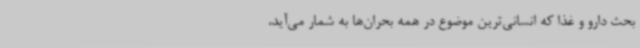
بحث دارو و غذا که انسانی‌ترین موضوع در همه بحران‌ها به شمار می‌آید،